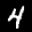
Label: 4